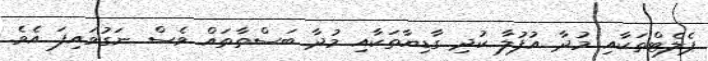
ޕެލެޓްތަކާއި މުދާ އުފުލާ ކުދި ގާޑިޔާތަކާއި މުދާ ބަސްތާތައް ވެސް ނަގުވައިފަ އެވެ.